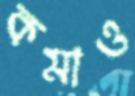
কমাও